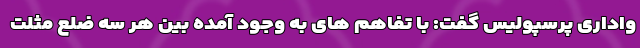
واداری پرسپولیس گفت: با تفاهم های به وجود آمده بین هر سه ضلع مثلت